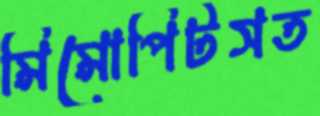
মিমোপিটসত